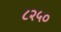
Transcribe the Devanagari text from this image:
८२५०